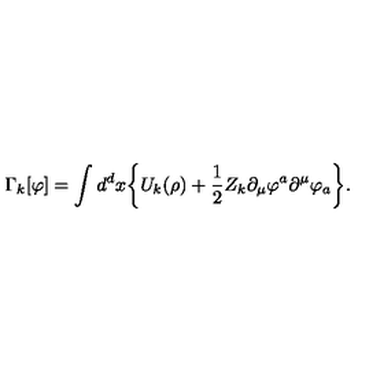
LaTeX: \Gamma _ { k } [ \varphi ] = \int { d } ^ { d } { x } \bigg \{ { U } _ { k } ( \rho ) + \frac { 1 } { 2 } Z _ { k } \partial _ { \mu } \varphi ^ { a } \partial ^ { \mu } \varphi _ { a } \bigg \} .